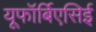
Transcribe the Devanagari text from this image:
यूफॉर्बिएसिई